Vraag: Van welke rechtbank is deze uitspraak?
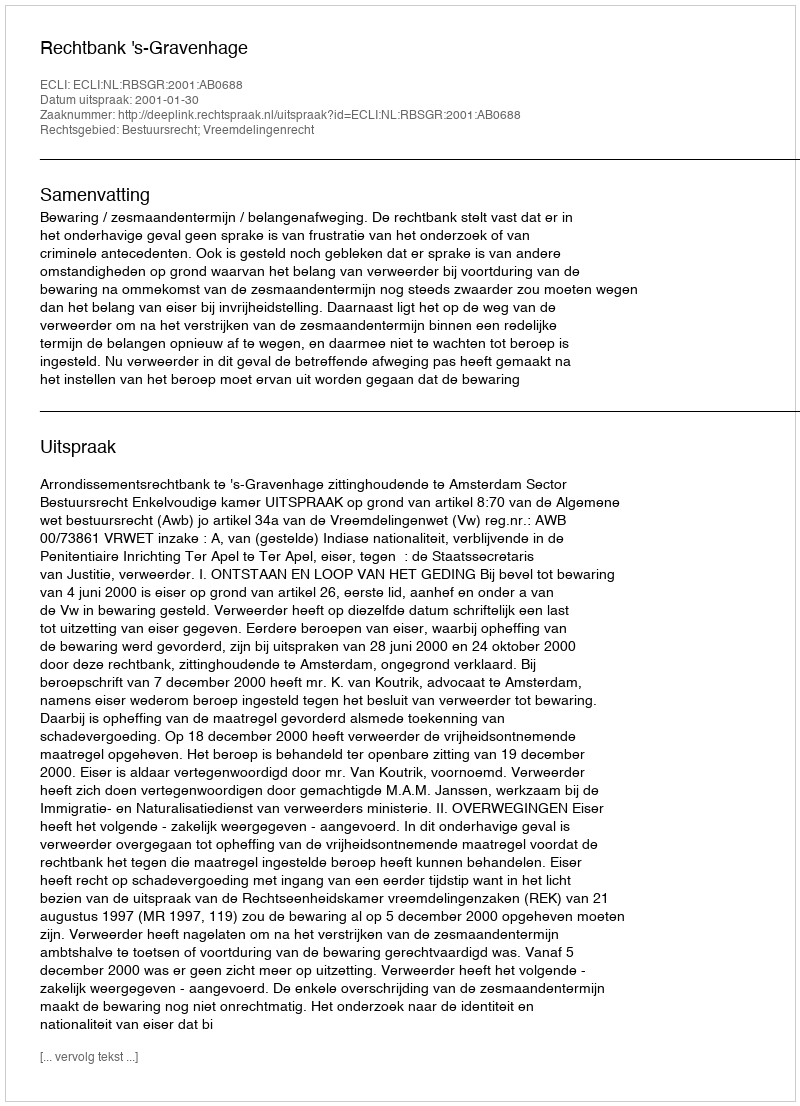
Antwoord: Rechtbank 's-Gravenhage